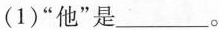
(1)”他”是___。